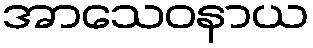
အာသေဝနာယ